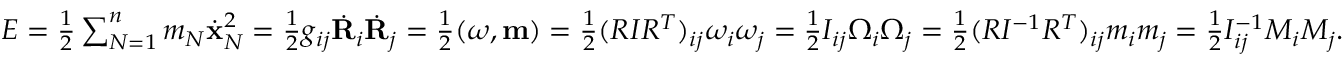
\begin{array} { r } { E = \frac 1 2 \sum _ { N = 1 } ^ { n } m _ { N } \dot { \bf x } _ { N } ^ { 2 } = \frac 1 2 g _ { i j } \dot { \bf R } _ { i } \dot { \bf R } _ { j } = \frac 1 2 ( { \boldsymbol \omega } , { \bf m } ) = \frac 1 2 ( R I R ^ { T } ) _ { i j } \omega _ { i } \omega _ { j } = \frac 1 2 I _ { i j } \Omega _ { i } \Omega _ { j } = \frac 1 2 ( R I ^ { - 1 } R ^ { T } ) _ { i j } m _ { i } m _ { j } = \frac 1 2 I _ { i j } ^ { - 1 } M _ { i } M _ { j } . } \end{array}